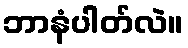
ဘာနံပါတ်လဲ။